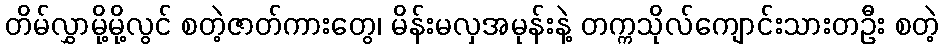
တိမ်လွှာမို့မို့လွင် စတဲ့ဇာတ်ကားတွေ၊ မိန်းမလှအမုန်းနဲ့ တက္ကသိုလ်ကျောင်းသားတဦး စတဲ့